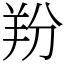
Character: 羒